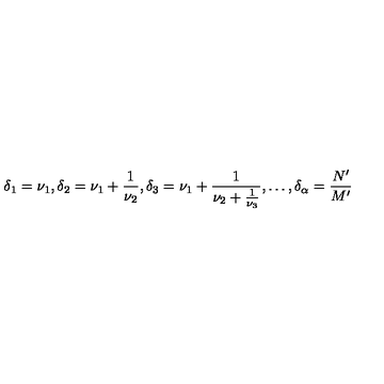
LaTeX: \delta _ { 1 } = \nu _ { 1 } , \delta _ { 2 } = \nu _ { 1 } + \frac { 1 } { \nu _ { 2 } } , \delta _ { 3 } = \nu _ { 1 } + \frac { 1 } { \nu _ { 2 } + \frac { 1 } { \nu _ { 3 } } } , \dots , \delta _ { \alpha } = \frac { N ^ { \prime } } { M ^ { \prime } }